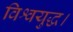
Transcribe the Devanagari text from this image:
विश्वयुद्ध।